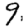
Digit: 9